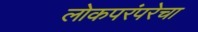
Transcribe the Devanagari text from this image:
लोकपरंपरेचा